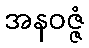
အနဝဇ္ဇံ